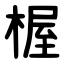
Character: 楃